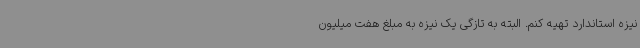
نیزه استاندارد تهیه کنم. البته به تازگی یک نیزه به مبلغ هفت میلیون